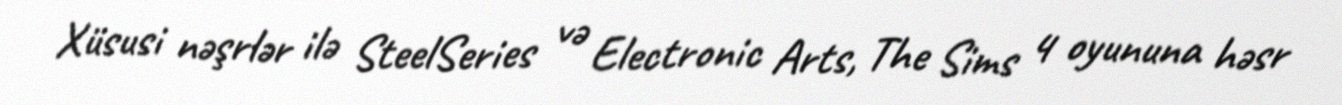
Xüsusi nəşrlər ilə SteelSeries və Electronic Arts, The Sims 4 oyununa həsr